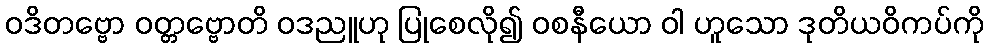
ဝဒိတဗ္ဗော ဝတ္တဗ္ဗောတိ ဝဒညူဟု ပြုစေလို၍ ဝစနီယော ဝါ ဟူသော ဒုတိယဝိကပ်ကို